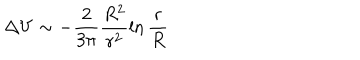
\Delta V \sim - \frac { 2 } { 3 \pi } \frac { R ^ { 2 } } { r ^ { 2 } } \ln \frac { r } { R }